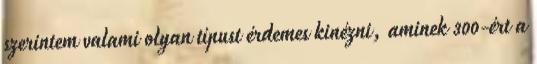
szerintem valami olyan típust érdemes kinézni, aminek 300-ért a